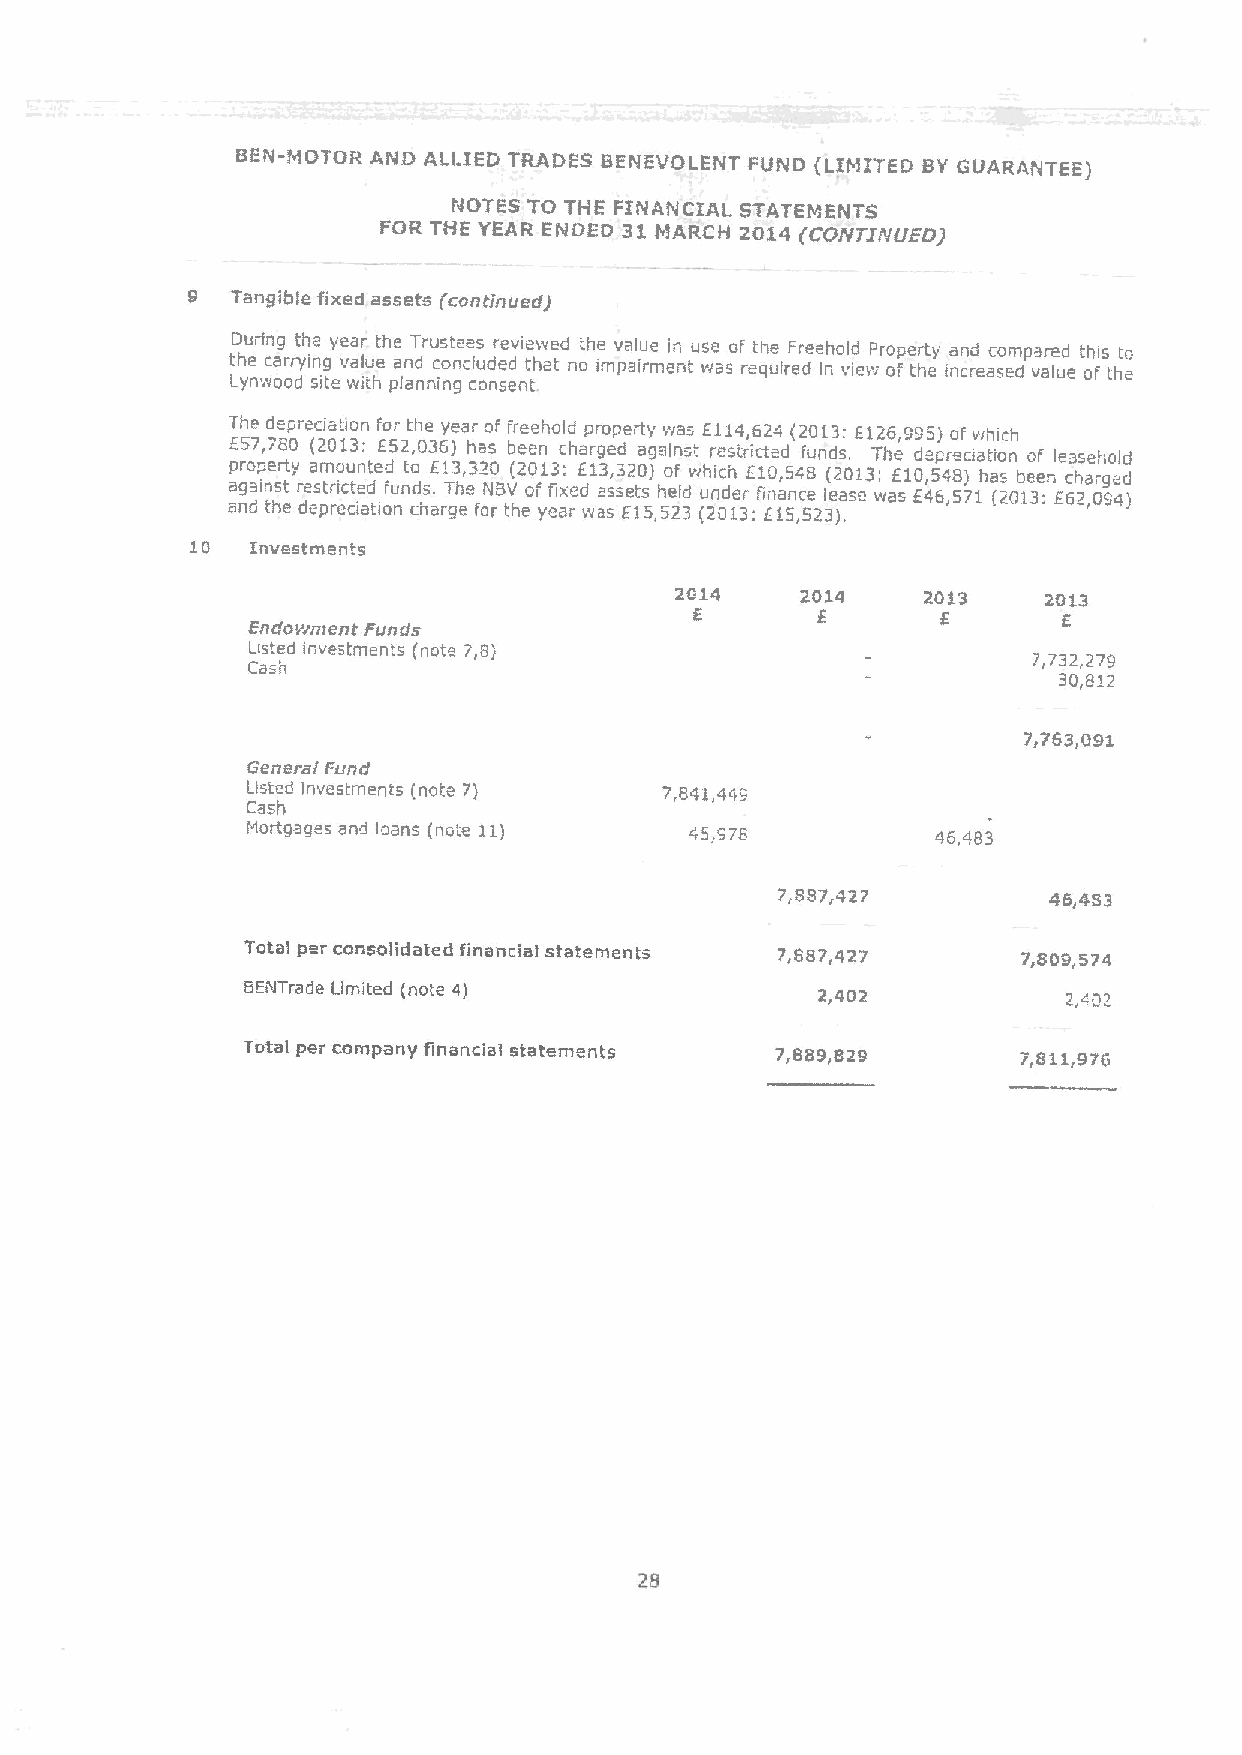
BEN-MOTOR AND ALLIED TRADES BENEVOLENT FUND {LIMITEDBY GUARANTEE)
 NOTES TO THE FINANCIAL STATEMENTS
 FOR THE YEAR ENDED 31.MARCH 2014 {CORTI'Fy{JED)
 9  Tangible fixed assets {continued)
 During the year the Trustees reviewed the value in use of the Freehold Property and compared this to
 the carrying value and concluded that no impairment was required in view of the increased value oF the
 Lynwood site with planning consent
 T Eh 5e 7,d 7e 8p 0rec (i 2at 0io 1n 3: F Eo 5r 2t ,h 0e 36ye }ar hao sf f br ee ee nhol cd hap rgro edperty agav insa ss
 t
 E r1 es1 tr4 i, c6 t2 ed4 { f2 u0 nd1 s3 .:E1 T2 h6 e,9 d95 p) ro eF ciaw th ioic nh
 of leasehold
 property amounted to E13,320 (2013: E13,320) of vihich E10,548 (2013i E10,548) has been charged
 against restricted I'unds. The NBV of fixed assets held unde; finance lease was E46,571 {2013:E62,094)
 and the depreciation charge for the year was E15,523 (2013:E15,523).
 10  Investments
 2014    2014    2013    2013
 Endowment Funds               6       E       E       E
 Listed investments (nots 7,8)
 7,732,279
 Cash
 30,812
 7,763,091
 Generai Fund
 Listed investments (note 7) 7,841,449
 Cash
 Fxortgages and loans (note 11) 45,976         46,483
 7,887,427        46,483
 Total per consolidated financiai statements 7,887,427 7,809,574
 BENTrade Limited (note 4)             2,402            2,402
 Total per company financial statements 7,889,829    7,811,976
 28